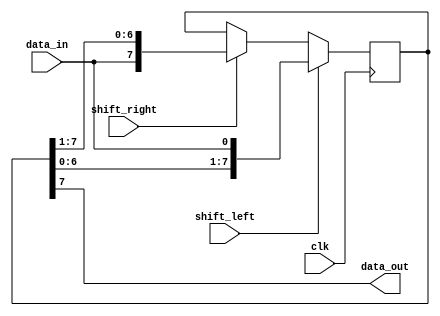
module SISO_shift_register(
    input wire clk,
    input wire shift_left,
    input wire shift_right,
    input wire data_in,
    output reg data_out
);

reg [7:0] reg_chain;

always @(posedge clk) begin
    if(shift_left) begin
        reg_chain <= {reg_chain[6:0], data_in};
    end
    else if(shift_right) begin
        reg_chain <= {data_in, reg_chain[7:1]};
    end
end

always @* begin
    data_out = reg_chain[7];
end

endmodule